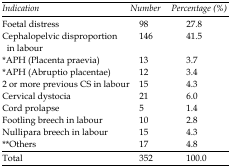
<table><thead><tr><td><b><i>Indication</i></b></td><td><b><i>Number</i></b></td><td><b><i>Percentage (%)</i></b></td></tr></thead><tbody><tr><td><b>Foetal distress</b><b>Cephalopelvic disproportion in labour</b>*<b>APH (Placenta praevia)</b>*<b>APH (Abruptio placentae)</b><b>2 or more previous CS in labour</b><b>Cervical dystocia</b><b>Cord prolapse</b><b>Footling breech in labour</b><b>Nullipara breech in labour</b>**<b>Others</b></td><td><b>98</b><b>146</b><b>13</b><b>12</b><b>15</b><b>21</b><b>5</b><b>10</b><b>15</b><b>17</b></td><td><b>27.8</b><b>41.5</b><b>3.7</b><b>3.4</b><b>4.3</b><b>6.0</b><b>1.4</b><b>2.8</b><b>4.3</b><b>4.8</b></td></tr></tbody></table>